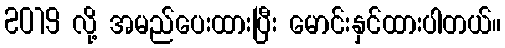
2019 လို့ အမည်ပေးထားပြီး မောင်းနှင်ထားပါတယ်။